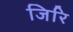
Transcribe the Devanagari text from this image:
जिरि